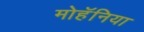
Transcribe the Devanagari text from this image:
मोहॅनिया